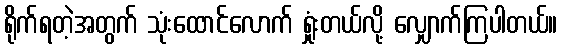
ရိုက်ရတဲ့အတွက် သုံးထောင်လောက် ရှုံးတယ်လို့ လျှောက်ကြပါတယ်။